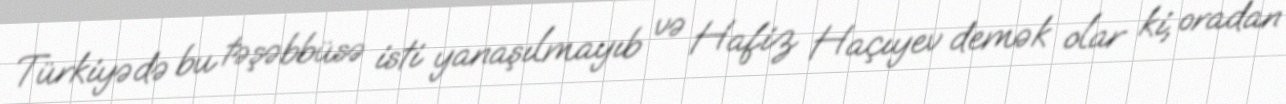
Türkiyədə bu təşəbbüsə isti yanaşılmayıb və Hafiz Haçıyev demək olar ki, oradan